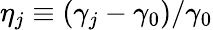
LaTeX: \eta_{j}\equiv(\gamma_{j}-\gamma_{0})/\gamma_{0}